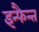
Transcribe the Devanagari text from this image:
इन्फैन्त